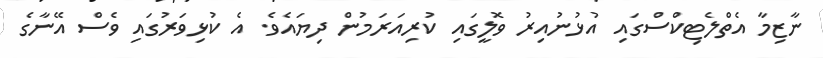
ނާޒިމާ އެތްލެޓިކްސްގައި އުޅުނުއިރު ވޮލީގައި ކުރިއަރަމުން ދިޔައެވެ. އެ ކުޅިވަރުގައި ވެސް އޭނާގެ